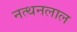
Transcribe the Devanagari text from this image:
नत्थनलाल